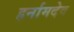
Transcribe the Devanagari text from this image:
हर्नामदेव